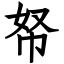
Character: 帑